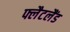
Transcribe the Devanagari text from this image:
फ्लैटलैंड